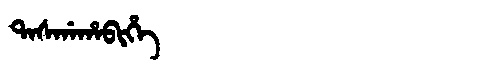
Manchu: ᡨᠠᠰᡤᠠᡥᠠᠪᡳᡥᡝ
Romanization: TASGAHABIHE